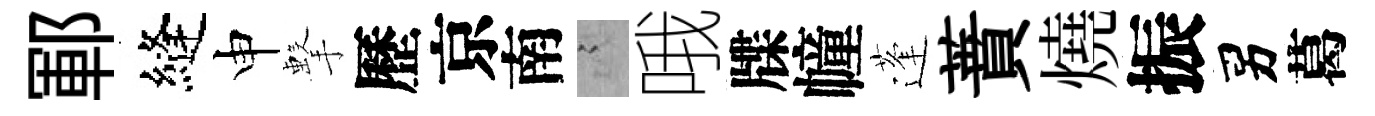
鄆縫申擊歷京南謭哦牒幢蓬蕡燒振男葛